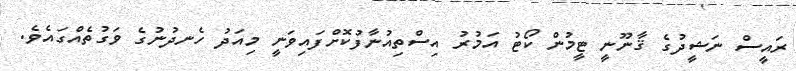
ރައީސް ނަޝީދުގެ ޤާނޫނީ ޓީމުން ކޯޓު އަމުރު އިސްތިއުނާފުކޮށްފައިވަނީ މިއަދު ހެނދުނުގެ ވަގުތެއްގައެވެ.